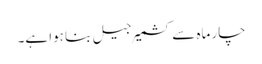
چار ماہ سے کشمیر جیل بنا ہوا ہے۔